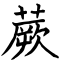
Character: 蕨